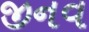
જીનવ